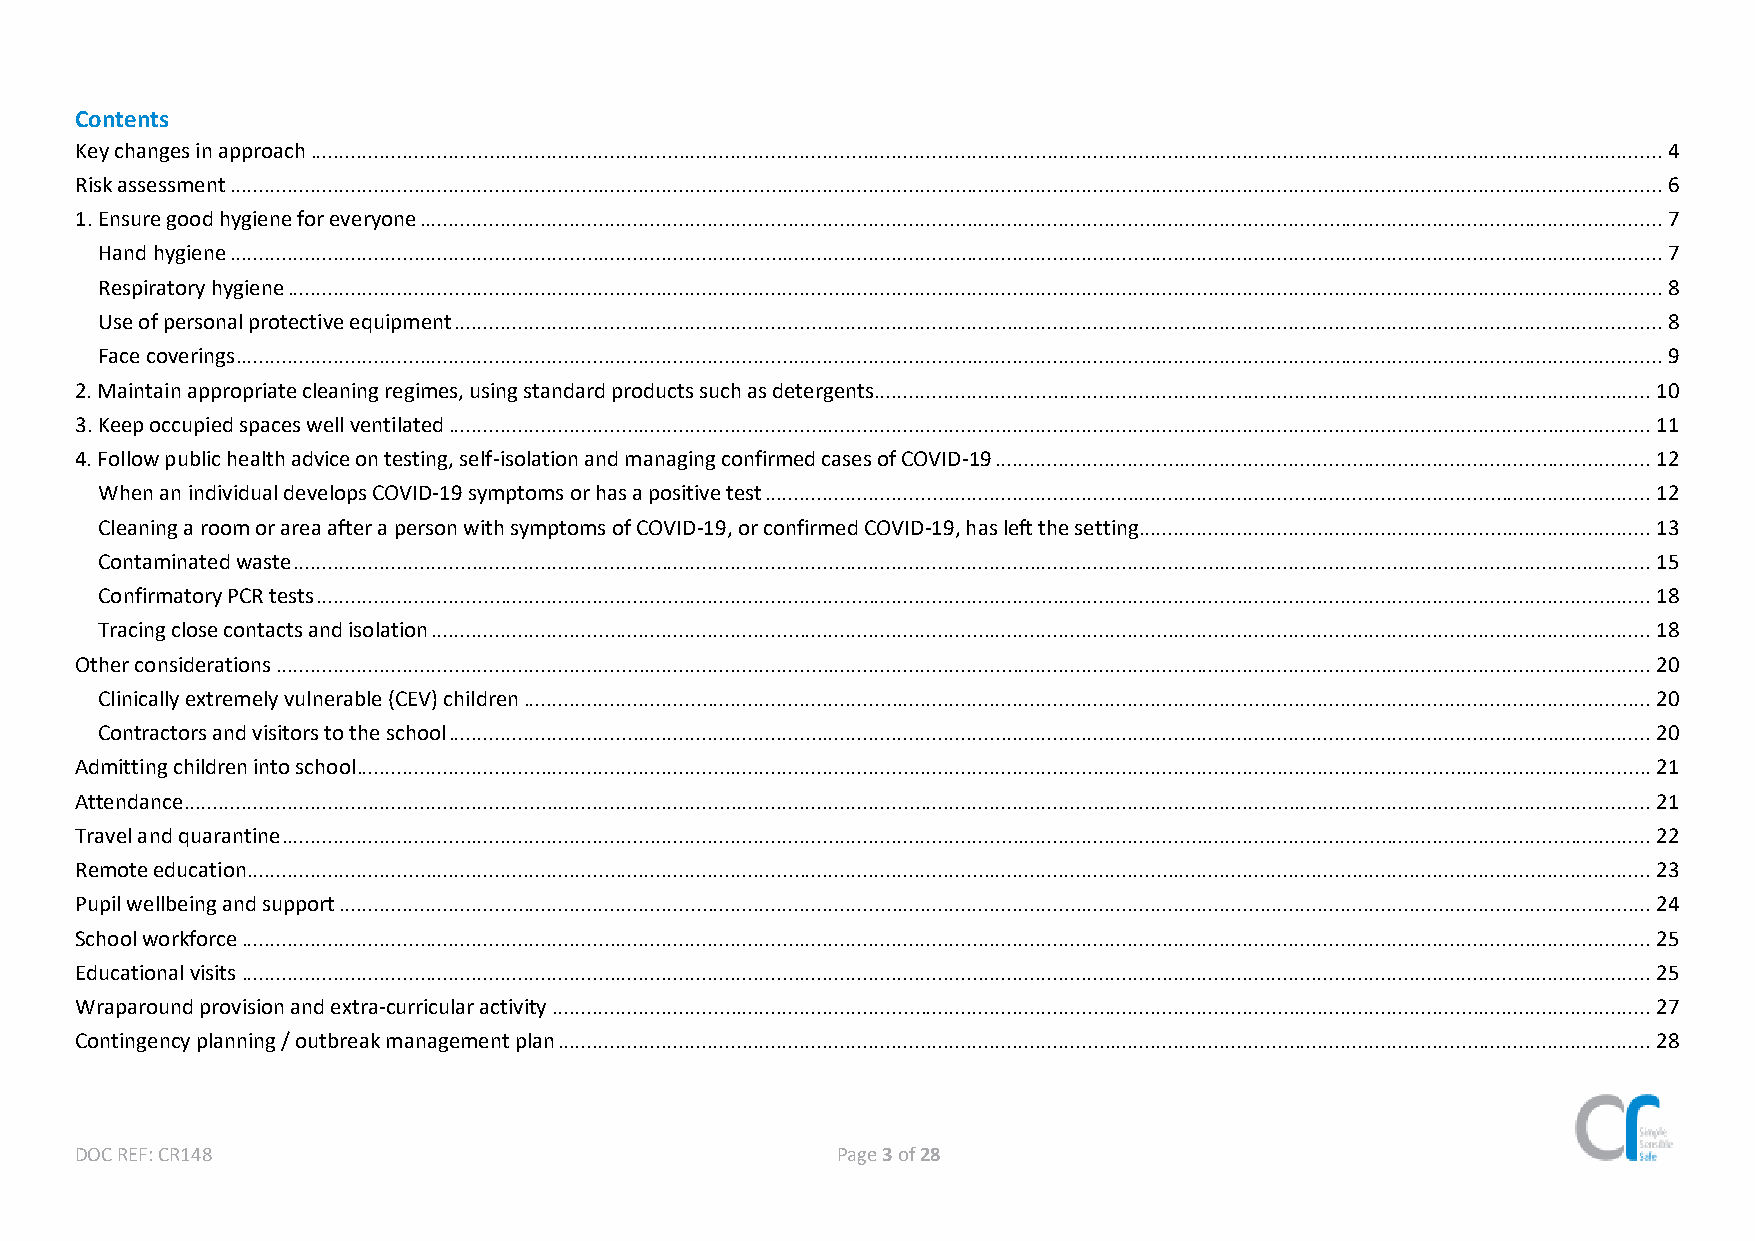
Contents
 Key changes in approach ........................................................................................................................................................................................................................................... 4
 Risk assessment ......................................................................................................................................................................................................................................................... 6
 1. Ensure good hygiene for everyone ........................................................................................................................................................................................................................ 7
 Hand hygiene ......................................................................................................................................................................................................................................................... 7
 Respiratory hygiene ............................................................................................................................................................................................................................................... 8
 Use of personal protective equipment .................................................................................................................................................................................................................. 8
 Face coverings ........................................................................................................................................................................................................................................................ 9
 2. Maintain appropriate cleaning regimes, using standard products such as detergents....................................................................................................................................... 10
 3. Keep occupied spaces well ventilated ................................................................................................................................................................................................................. 11
 4. Follow public health advice on testing, self-isolation and managing confirmed cases of COVID-19 .................................................................................................................. 12
 When an individual develops COVID-19 symptoms or has a positive test .......................................................................................................................................................... 12
 Cleaning a room or area after a person with symptoms of COVID-19, or confirmed COVID-19, has left the setting......................................................................................... 13
 Contaminated waste ............................................................................................................................................................................................................................................ 15
 Confirmatory PCR tests ........................................................................................................................................................................................................................................ 18
 Tracing close contacts and isolation .................................................................................................................................................................................................................... 18
 Other considerations ............................................................................................................................................................................................................................................... 20
 Clinically extremely vulnerable (CEV) children .................................................................................................................................................................................................... 20
 Contractors and visitors to the school ................................................................................................................................................................................................................. 20
 Admitting children into school ................................................................................................................................................................................................................................. 21
 Attendance ............................................................................................................................................................................................................................................................... 21
 Travel and quarantine .............................................................................................................................................................................................................................................. 22
 Remote education .................................................................................................................................................................................................................................................... 23
 Pupil wellbeing and support .................................................................................................................................................................................................................................... 24
 School workforce ..................................................................................................................................................................................................................................................... 25
 Educational visits ..................................................................................................................................................................................................................................................... 25
 Wraparound provision and extra-curricular activity ............................................................................................................................................................................................... 27
 Contingency planning / outbreak management plan .............................................................................................................................................................................................. 28
 DOC REF: CR148                                    Page 3 of 28